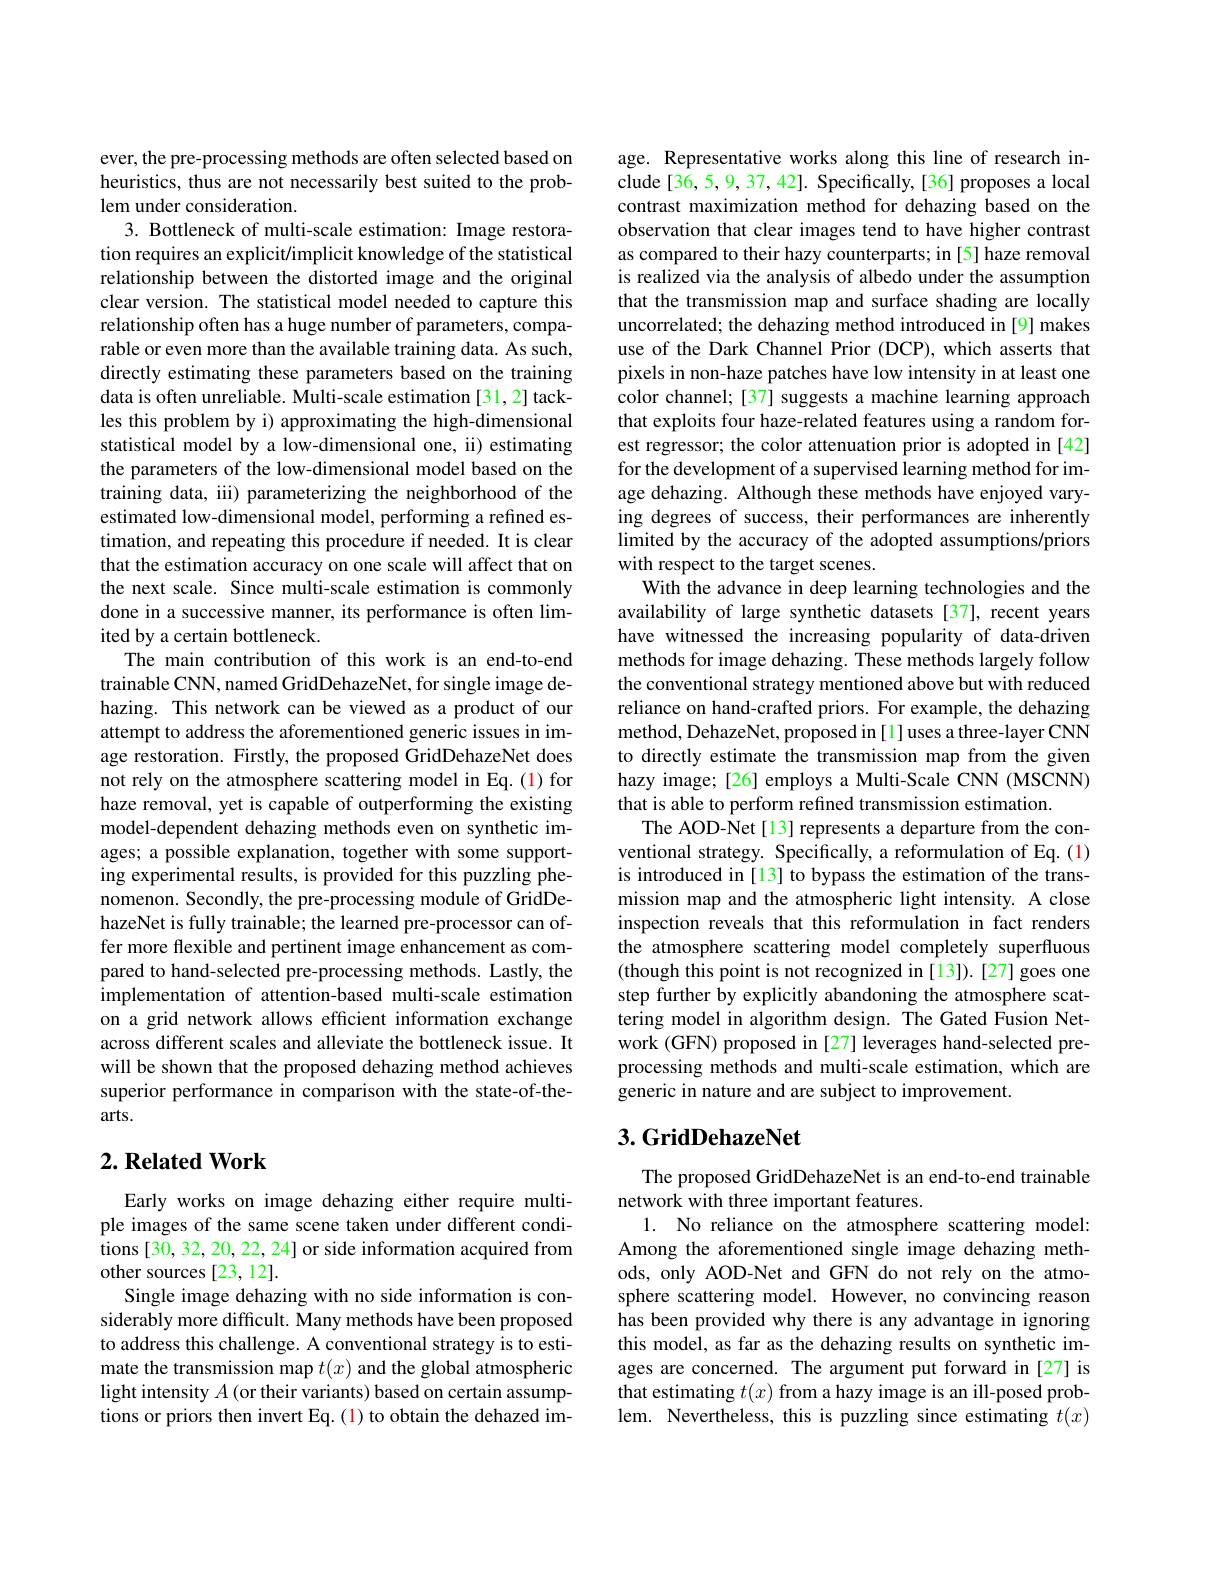
ever, the pre-processing methods are often selected based on heuristics, thus are not necessarily best suited to the problem under consideration.
3. Bottleneck of multi-scale estimation: Image restoration requires an explicit/implicit knowledge of the statistical relationship between the distorted image and the original clear version. The statistical model needed to capture this relationship often has a huge number of parameters, comparable or even more than the available training data. As such, directly estimating these parameters based on the training data is often unreliable. Multi-scale estimation [31,2] tackles this problem by i) approximating the high-dimensional statistical model by a low-dimensional one, ii) estimating the parameters of the low-dimensional model based on the training data, iii) parameterizing the neighborhood of the estimated low-dimensional model, performing a refined estimation, and repeating this procedure if needed. It is clear that the estimation accuracy on one scale will affect that on the next scale. Since multi-scale estimation is commonly done in a successive manner, its performance is often limited by a certain bottleneck.
The main contribution of this work is an end-to-end trainable CNN, named GridDehazeNet, for single image dehazing. This network can be viewed as a product of our attempt to address the aforementioned generic issues in image restoration. Firstly, the proposed GridDehazeNet does not rely on the atmosphere scattering model in Eq.(1) for haze removal, yet is capable of outperforming the existing model-dependent dehazing methods even on synthetic images; a possible explanation, together with some supporting experimental results, is provided for this puzzling phenomenon. Secondly, the pre-processing module of GridDehazeNet is fully trainable; the learned pre-processor can offer more flexible and pertinent image enhancement as compared to hand-selected pre-processing methods. Lastly, the implementation of attention-based multi-scale estimation on a grid network allows efficient information exchange across different scales and alleviate the bottleneck issue. It will be shown that the proposed dehazing method achieves superior performance in comparison with the state-of-thearts.

## $2. \textbf{Related Work}$

Early works on image dehazing either require multiple images of the same scene taken under different conditions [30, 32, 20, 22, 24] or side information acquired from other sources [23, 12].
Single image dehazing with no side information is considerably more difficult. Many methods have been proposed to address this challenge. A conventional strategy is to estimate the transmission map $t(x)$ and the global atmospheric light intensity $A$ (or their variants) based on certain assumptions or priors then invert Eq.(1) to obtain the dehazed im-

age. Representative works along this line of research include [36, 5, 9, 37, 42]. Specifically, [36] proposes a local contrast maximization method for dehazing based on the observation that clear images tend to have higher contrast as compared to their hazy counterparts; in [5] haze removal is realized via the analysis of albedo under the assumption that the transmission map and surface shading are locally uncorrelated; the dehazing method introduced in [9] makes use of the Dark Channel Prior (DCP), which asserts that pixels in non-haze patches have low intensity in at least one color channel; [37] suggests a machine learning approach that exploits four haze-related features using a random forest regressor; the color attenuation prior is adopted in [42] for the development of a supervised learning method for image dehazing. Although these methods have enjoyed varying degrees of success, their performances are inherently limited by the accuracy of the adopted assumptions/priors with respect to the target scenes.
With the advance in deep learning technologies and the availability of large synthetic datasets [37], recent years have witnessed the increasing popularity of data-driven methods for image dehazing. These methods largely follow the conventional strategy mentioned above but with reduced reliance on hand-crafted priors. For example, the dehazing method, DehazeNet, proposed in[1]uses a three-layer CNN to directly estimate the transmission map from the given hazy image; [26] employs a Multi-Scale CNN (MSCNN) that is able to perform refined transmission estimation.
The AOD-Net[13] represents a departure from the conventional strategy. Specifically, a reformulation of Eq. (1) is introduced in [13] to bypass the estimation of the transmission map and the atmospheric light intensity. A close inspection reveals that this reformulation in fact renders the atmosphere scattering model completely superfluous (though this point is not recognized in [13]). [27] goes one step further by explicitly abandoning the atmosphere scattering model in algorithm design. The Gated Fusion Network (GFN) proposed in [27] leverages hand-selected preprocessing methods and multi-scale estimation, which are generic in nature and are subject to improvement.

## 3. GridDehazeNet

The proposed GridDehazeNet is an end-to-end trainable
network with three important features.
1. No reliance on the atmosphere scattering model: Among the aforementioned single image dehazing methods, only AOD-Net and GFN do not rely on the atmosphere scattering model. However, no convincing reason has been provided why there is any advantage in ignoring this model, as far as the dehazing results on synthetic images are concerned. The argument put forward in[27] is that estimating $t(x)$ from a hazy image is an ill-posed problem. Nevertheless, this is puzzling since estimating $t(x)$